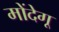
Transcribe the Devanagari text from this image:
मोंदेगू